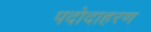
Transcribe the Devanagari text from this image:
पदोदाहरण